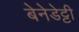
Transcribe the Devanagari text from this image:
बेनेडेट्टी